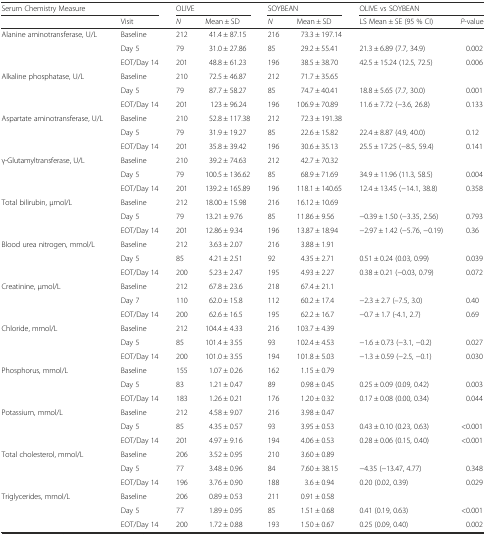
<table><thead><tr><td colspan="2"><b>Serum Chemistry Measure</b></td><td colspan="2"><b>OLIVE</b></td><td colspan="2"><b>SOYBEAN</b></td><td colspan="2"><b>OLIVE vs SOYBEAN</b></td></tr><tr><td></td><td><b>Visit</b></td><td><b><i>N</i></b></td><td><b>Mean ± SD</b></td><td><b><i>N</i></b></td><td><b>Mean ± SD</b></td><td><b>LS Mean ± SE (95 % CI)</b></td><td><b><i>P</i>-value</b></td></tr></thead><tbody><tr><td>Alanine aminotransferase, U/L</td><td>Baseline</td><td>212</td><td>41.4 ± 87.15</td><td>216</td><td>73.3 ± 197.14</td><td></td><td></td></tr><tr><td></td><td>Day 5</td><td>79</td><td>31.0 ± 27.86</td><td>85</td><td>29.2 ± 55.41</td><td>21.3 ± 6.89 (7.7, 34.9)</td><td>0.002</td></tr><tr><td></td><td>EOT/Day 14</td><td>201</td><td>48.8 ± 61.23</td><td>196</td><td>38.5 ± 38.70</td><td>42.5 ± 15.24 (12.5, 72.5)</td><td>0.006</td></tr><tr><td>Alkaline phosphatase, U/L</td><td>Baseline</td><td>210</td><td>72.5 ± 46.87</td><td>212</td><td>71.7 ± 35.65</td><td></td><td></td></tr><tr><td></td><td>Day 5</td><td>79</td><td>87.7 ± 58.27</td><td>85</td><td>74.7 ± 40.41</td><td>18.8 ± 5.65 (7.7, 30.0)</td><td>0.001</td></tr><tr><td></td><td>EOT/Day 14</td><td>201</td><td>123 ± 96.24</td><td>196</td><td>106.9 ± 70.89</td><td>11.6 ± 7.72 (−3.6, 26.8)</td><td>0.133</td></tr><tr><td>Aspartate aminotransferase, U/L</td><td>Baseline</td><td>210</td><td>52.8 ± 117.38</td><td>212</td><td>72.3 ± 191.38</td><td></td><td></td></tr><tr><td></td><td>Day 5</td><td>79</td><td>31.9 ± 19.27</td><td>85</td><td>22.6 ± 15.82</td><td>22.4 ± 8.87 (4.9, 40.0)</td><td>0.12</td></tr><tr><td></td><td>EOT/Day 14</td><td>201</td><td>35.8 ± 39.42</td><td>196</td><td>30.6 ± 35.13</td><td>25.5 ± 17.25 (−8.5, 59.4)</td><td>0.141</td></tr><tr><td>γ-Glutamyltransferase, U/L</td><td>Baseline</td><td>210</td><td>39.2 ± 74.63</td><td>212</td><td>42.7 ± 70.32</td><td></td><td></td></tr><tr><td></td><td>Day 5</td><td>79</td><td>100.5 ± 136.62</td><td>85</td><td>68.9 ± 71.69</td><td>34.9 ± 11.96 (11.3, 58.5)</td><td>0.004</td></tr><tr><td></td><td>EOT/Day 14</td><td>201</td><td>139.2 ± 165.89</td><td>196</td><td>118.1 ± 140.65</td><td>12.4 ± 13.45 (−14.1, 38.8)</td><td>0.358</td></tr><tr><td>Total bilirubin, μmol/L</td><td>Baseline</td><td>212</td><td>18.00 ± 15.98</td><td>216</td><td>16.12 ± 10.69</td><td></td><td></td></tr><tr><td></td><td>Day 5</td><td>79</td><td>13.21 ± 9.76</td><td>85</td><td>11.86 ± 9.56</td><td>−0.39 ± 1.50 (−3.35, 2.56)</td><td>0.793</td></tr><tr><td></td><td>EOT/Day 14</td><td>201</td><td>12.86 ± 9.34</td><td>196</td><td>13.87 ± 18.94</td><td>−2.97 ± 1.42 (−5.76, −0.19)</td><td>0.36</td></tr><tr><td>Blood urea nitrogen, mmol/L</td><td>Baseline</td><td>212</td><td>3.63 ± 2.07</td><td>216</td><td>3.88 ± 1.91</td><td></td><td></td></tr><tr><td></td><td>Day 5</td><td>85</td><td>4.21 ± 2.51</td><td>92</td><td>4.35 ± 2.71</td><td>0.51 ± 0.24 (0.03, 0.99)</td><td>0.039</td></tr><tr><td></td><td>EOT/Day 14</td><td>200</td><td>5.23 ± 2.47</td><td>195</td><td>4.93 ± 2.27</td><td>0.38 ± 0.21 (−0.03, 0.79)</td><td>0.072</td></tr><tr><td>Creatinine, μmol/L</td><td>Baseline</td><td>212</td><td>67.8 ± 23.6</td><td>218</td><td>67.4 ± 21.1</td><td></td><td></td></tr><tr><td></td><td>Day 7</td><td>110</td><td>62.0 ± 15.8</td><td>112</td><td>60.2 ± 17.4</td><td>−2.3 ± 2.7 (–7.5, 3.0)</td><td>0.40</td></tr><tr><td></td><td>EOT/Day 14</td><td>200</td><td>62.6 ± 16.5</td><td>195</td><td>62.2 ± 16.7</td><td>−0.7 ± 1.7 (-4.1, 2.7)</td><td>0.69</td></tr><tr><td>Chloride, mmol/L</td><td>Baseline</td><td>212</td><td>104.4 ± 4.33</td><td>216</td><td>103.7 ± 4.39</td><td></td><td></td></tr><tr><td></td><td>Day 5</td><td>85</td><td>101.4 ± 3.55</td><td>93</td><td>102.4 ± 4.53</td><td>−1.6 ± 0.73 (−3.1, −0.2)</td><td>0.027</td></tr><tr><td></td><td>EOT/Day 14</td><td>200</td><td>101.0 ± 3.55</td><td>194</td><td>101.8 ± 5.03</td><td>−1.3 ± 0.59 (−2.5, −0.1)</td><td>0.030</td></tr><tr><td>Phosphorus, mmol/L</td><td>Baseline</td><td>155</td><td>1.07 ± 0.26</td><td>162</td><td>1.15 ± 0.79</td><td></td><td></td></tr><tr><td></td><td>Day 5</td><td>83</td><td>1.21 ± 0.47</td><td>89</td><td>0.98 ± 0.45</td><td>0.25 ± 0.09 (0.09, 0.42)</td><td>0.003</td></tr><tr><td></td><td>EOT/Day 14</td><td>183</td><td>1.26 ± 0.21</td><td>176</td><td>1.20 ± 0.32</td><td>0.17 ± 0.08 (0.00, 0.34)</td><td>0.044</td></tr><tr><td>Potassium, mmol/L</td><td>Baseline</td><td>212</td><td>4.58 ± 9.07</td><td>216</td><td>3.98 ± 0.47</td><td></td><td></td></tr><tr><td></td><td>Day 5</td><td>85</td><td>4.35 ± 0.57</td><td>93</td><td>3.95 ± 0.53</td><td>0.43 ± 0.10 (0.23, 0.63)</td><td>&lt;0.001</td></tr><tr><td></td><td>EOT/Day 14</td><td>201</td><td>4.97 ± 9.16</td><td>194</td><td>4.06 ± 0.53</td><td>0.28 ± 0.06 (0.15, 0.40)</td><td>&lt;0.001</td></tr><tr><td>Total cholesterol, mmol/L</td><td>Baseline</td><td>206</td><td>3.52 ± 0.95</td><td>210</td><td>3.60 ± 0.89</td><td></td><td></td></tr><tr><td></td><td>Day 5</td><td>77</td><td>3.48 ± 0.96</td><td>84</td><td>7.60 ± 38.15</td><td>−4.35 (−13.47, 4.77)</td><td>0.348</td></tr><tr><td></td><td>EOT/Day 14</td><td>196</td><td>3.76 ± 0.90</td><td>188</td><td>3.6 ± 0.94</td><td>0.20 (0.02, 0.39)</td><td>0.029</td></tr><tr><td>Triglycerides, mmol/L</td><td>Baseline</td><td>206</td><td>0.89 ± 0.53</td><td>211</td><td>0.91 ± 0.58</td><td></td><td></td></tr><tr><td></td><td>Day 5</td><td>77</td><td>1.89 ± 0.95</td><td>85</td><td>1.51 ± 0.68</td><td>0.41 (0.19, 0.63)</td><td>&lt;0.001</td></tr><tr><td></td><td>EOT/Day 14</td><td>200</td><td>1.72 ± 0.88</td><td>193</td><td>1.50 ± 0.67</td><td>0.25 (0.09, 0.40)</td><td>0.002</td></tr></tbody></table>